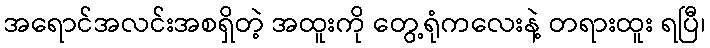
အရောင်အလင်းအစရှိတဲ့ အထူးကို တွေ့ရုံကလေးနဲ့ တရားထူး ရပြီ၊